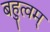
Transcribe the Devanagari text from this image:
बहुत्वम्